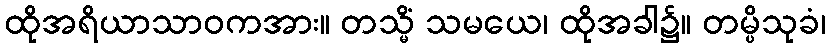
ထိုအရိယာသာဝကအား။ တသ္မိံ သမယေ၊ ထိုအခါ၌။ တမ္ပိသုခံ၊